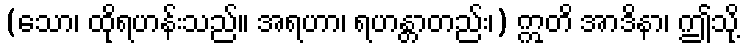
(သော၊ ထိုရဟန်းသည်။ အရဟာ၊ ရဟန္တာတည်း၊) ဣတိ အာဒိနာ၊ ဤသို့